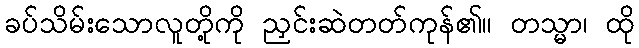
ခပ်သိမ်းသောလူတို့ကို ညှင်းဆဲတတ်ကုန်၏။ တသ္မာ၊ ထို